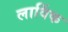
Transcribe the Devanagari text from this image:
लार्विक